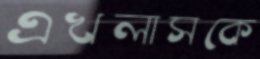
এখলাসকে